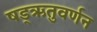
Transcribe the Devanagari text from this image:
षड्‌ऋतुवर्णन